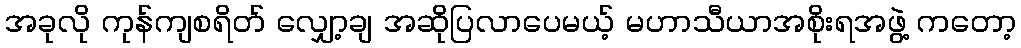
အခုလို ကုန်ကျစရိတ် လျှော့ချ အဆိုပြလာပေမယ့် မဟာသီယာအစိုးရအဖွဲ့ ကတော့